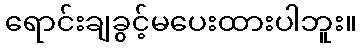
ရောင်းချခွင့်မပေးထားပါဘူး။